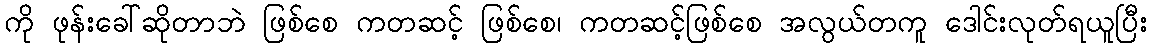
ကို ဖုန်းခေါ်ဆိုတာဘဲ ဖြစ်စေ ကတဆင့် ဖြစ်စေ၊ ကတဆင့်ဖြစ်စေ အလွယ်တကူ ဒေါင်းလုတ်ရယူပြီး